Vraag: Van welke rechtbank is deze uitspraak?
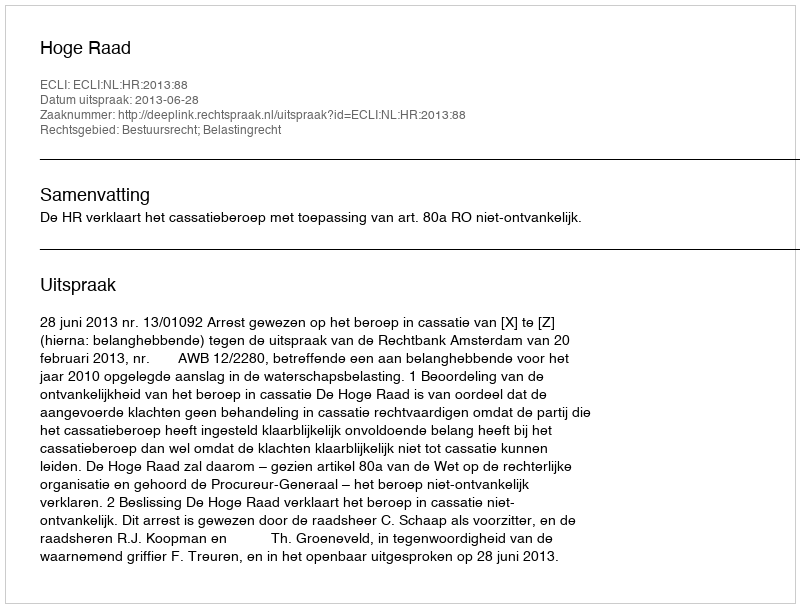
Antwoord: Hoge Raad